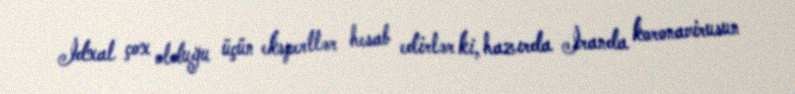
İdxal çox olduğu üçün ekspertlər hesab edirlər ki, hazırda İranda koronavirusun